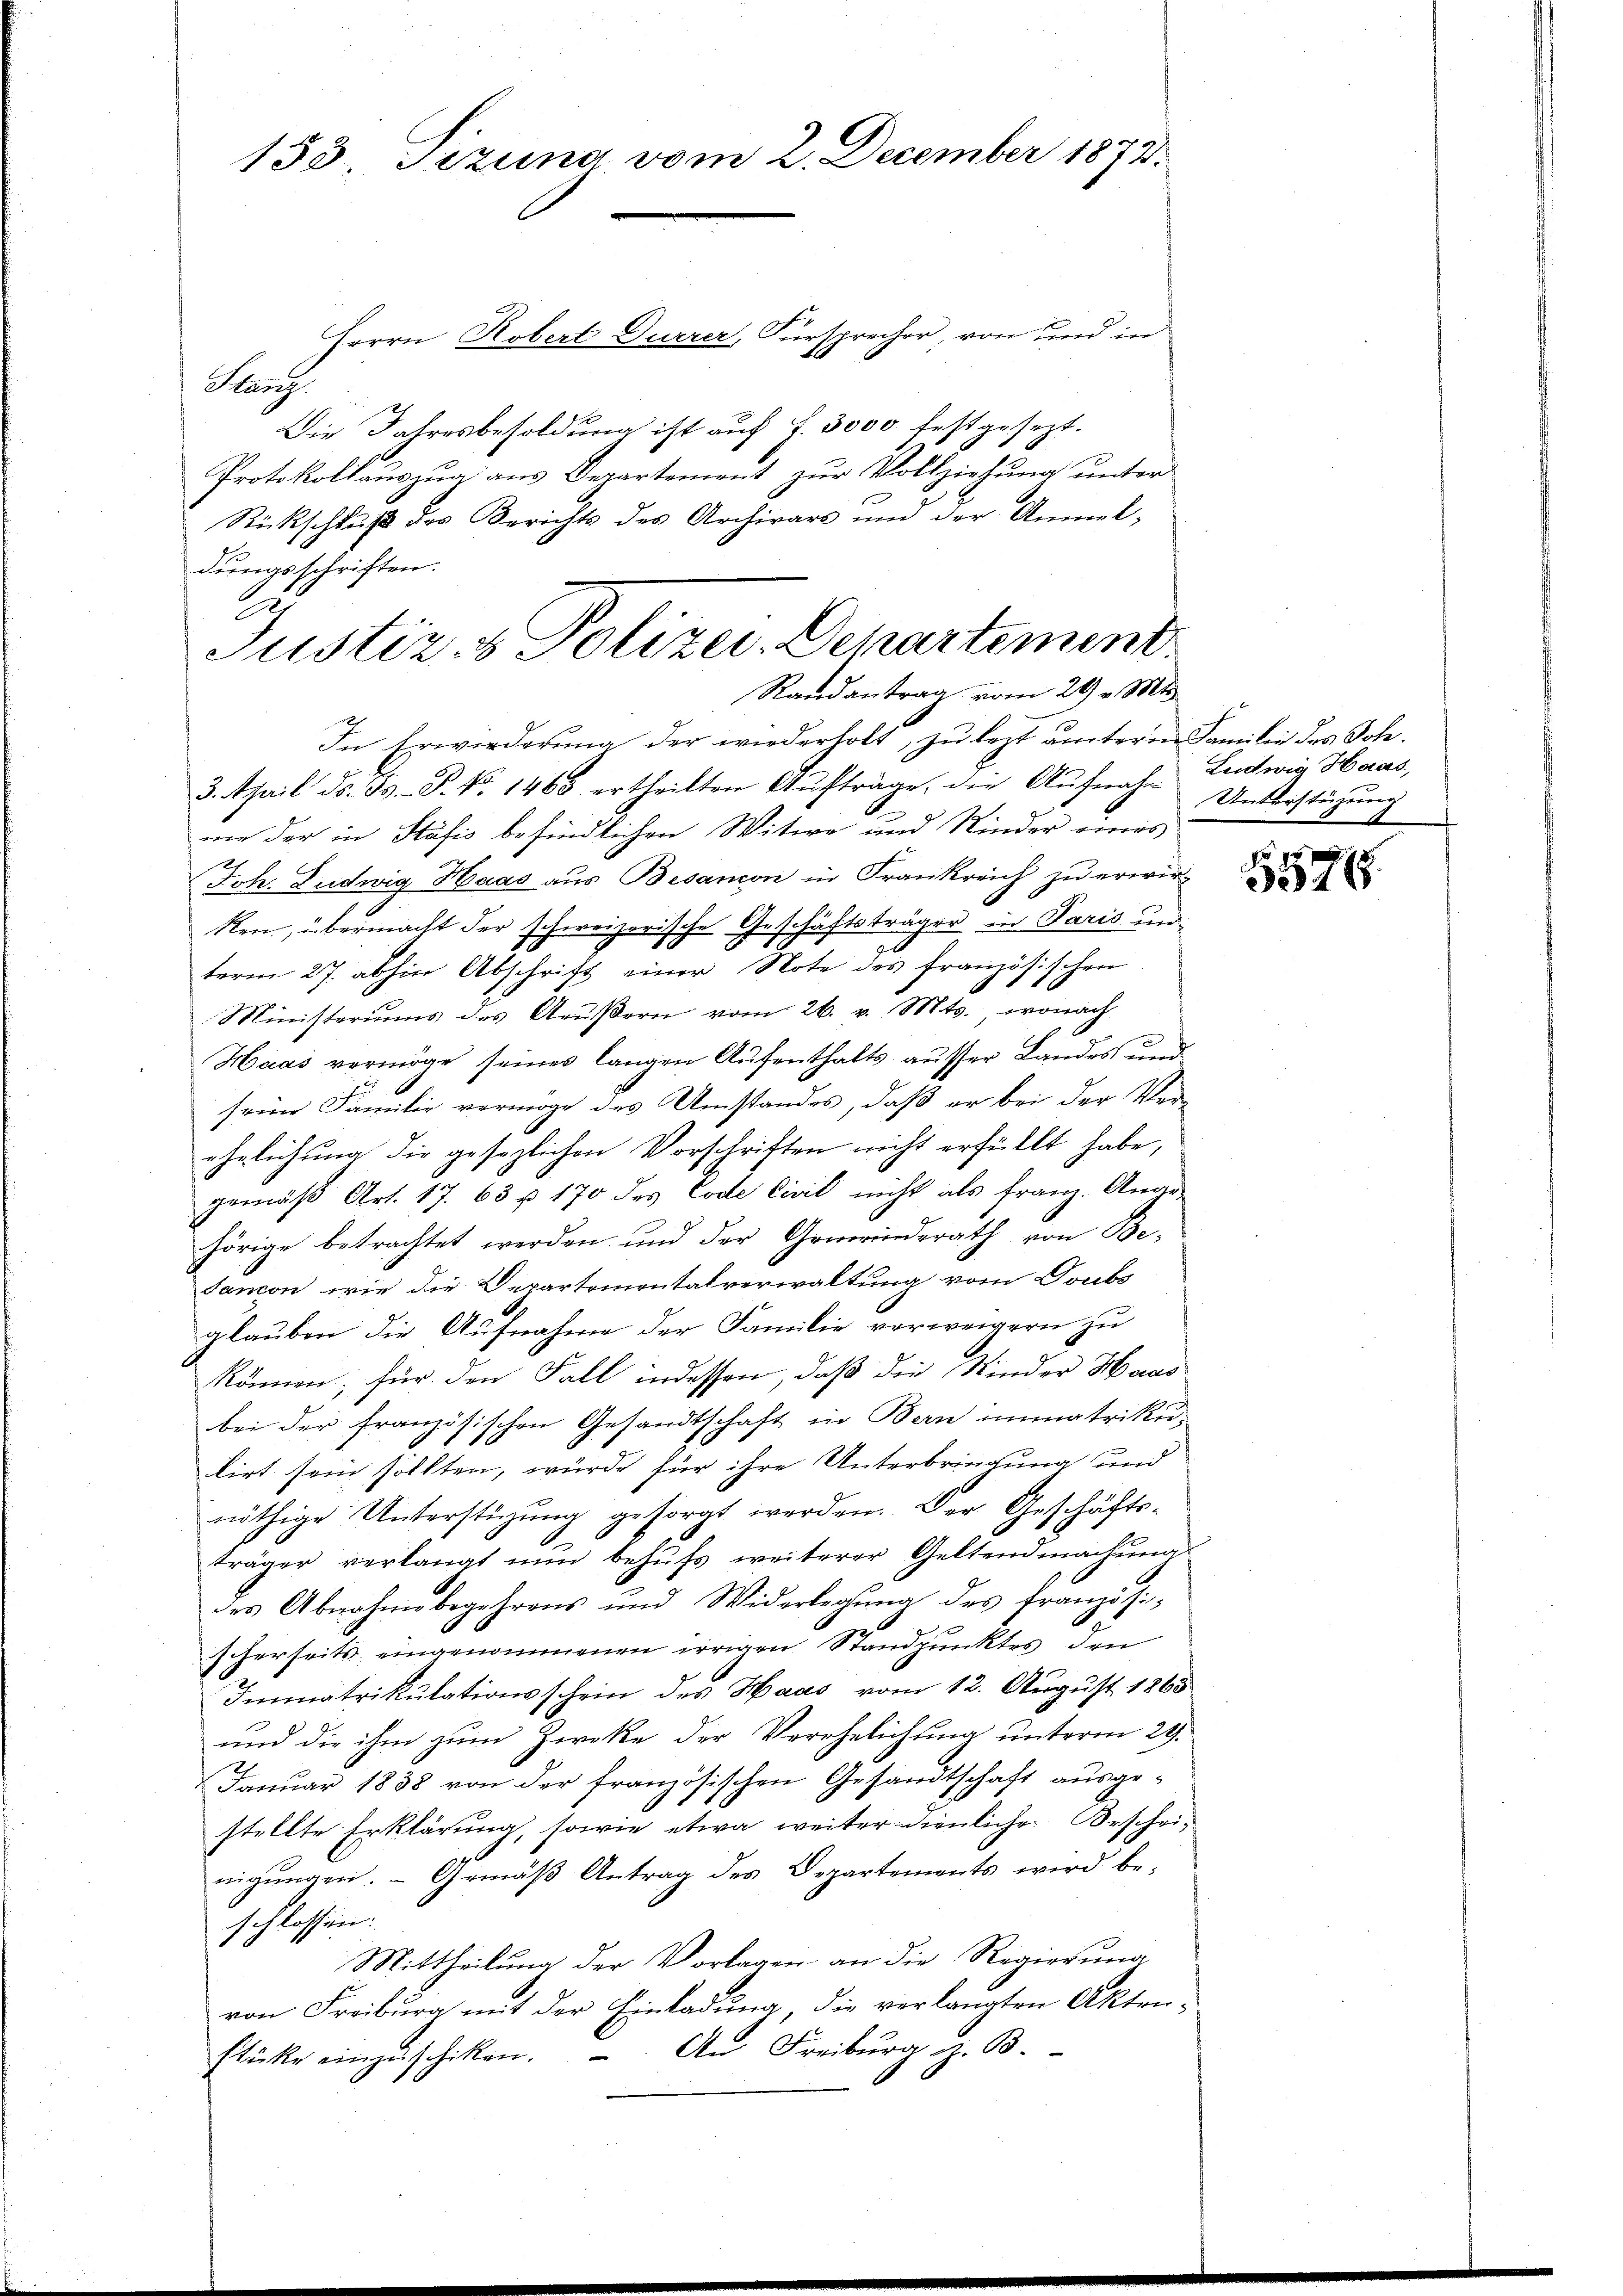
155 Sizung vom 2. December 1872.

Herrn Robert Duerer, Fürsprecher, von und in
Hang
Die Jahresbesoldung ist auf f. 3000 festgesezt.
Protokollauszug aus Departement zur Vollziehung unter
Rückschluß des Berichts des Archivars und der Anmel¬
In Erwirderung der wiederholt, zu letzt unterm Familie des Joh.
3. April d. G. P. Nr. 1468 ertheilten Aŭfträge, die Aŭfnahm entwig Haas,
ne der in Stäfis befindlichen Witwe und Kinder eines
Joh. Ludwig Haas aus Besanon in Frankreich zu erwirken, übermacht der schweizerische Geschäftsträger in Paris un
term 27. abhin Abschrift einer Note des französischen
Ministeriums des Aŭβern vom 26. v. Mts., wonach
Haas vermöge seines langen Aufenthalts ausser Landes und
seim Familie vermöge des Umstandes, daß er bei der Ver-
ehelichung die gesezlichen Vorschritten nicht erfüllt habe,
gemäß Art. 17. 63 u. 170 des Code Civil nicht als Franz. Ange-
hörige betrachtet werden und der Gemeinderath von Be-
Jancon, wie die Departementalverwaltung vom Doubs
glauben die Aufnahme der Familie verweigern zu
können; für den Fall indessen, daß die Kinder Haas
bei der französischen Gesandtschaft in Bern immatriku
lirt sein sollten, würde für ihre Unterbringung und
nöthige Unterstüzung gesorgt werden. Der Geschäfts-
träger verlangt nun behufs weiterer Geltendmachung
des Abnahme begehrens und Widerlegŭng des französischerseits eingenommenen irrigen Standpunktes den
Immatrikulationsschein des Haas vom 12. August 1865
und die ihm zum Zwecke der Verehelichung unterm 29.
Januar 1838 von der französischen Gesandtschaft ausgestellte Erklärung, sowie etwa weiter dienliche Bescheinigŭngen. Gemäβ Antrag des Departements wird be-
schlossen:
Mittheilung der Vorlagen an die Regierung
von Freiburg mit der Einladung, die verlangten Aktenstücke einzuschiken. An Freiburg z. B.

dungsschriften.
2
Justiz- & Polizei-Departement
Randantrag vom 29 v. Mts.

Unterstüzung

5576.